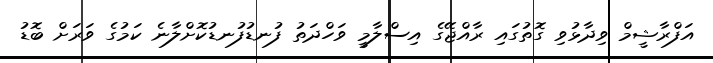
އަފްރާޝީމް ވިދާޅުވި ގޮތުގައި ރާއްޖޭގެ އިސްލާމީ ވަހްދަތު ފުނޑުފުނޑުކޮށްލާނެ ކަމުގެ ވަރަށް ބޮޑު